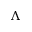
\Lambda